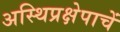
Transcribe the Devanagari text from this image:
अस्थिप्रक्षेपाचें